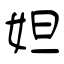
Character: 妲